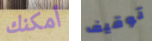
أمكنك توقيف